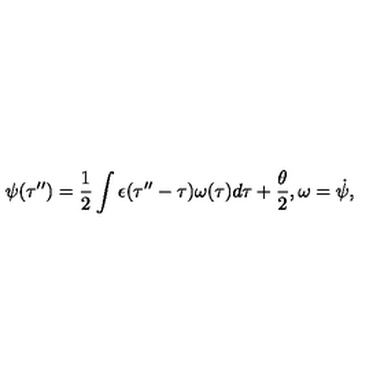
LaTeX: \psi ( \tau ^ { \prime \prime } ) = \frac { 1 } { 2 } \int \epsilon ( \tau ^ { \prime \prime } - \tau ) \omega ( \tau ) d \tau + \frac { \theta } { 2 } , \omega = { \dot { \psi } } ,